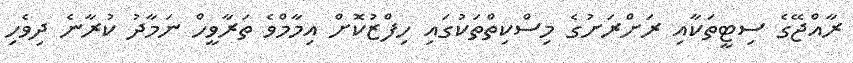
ރާއްޖޭގެ ސިޓީތަކާއި ރަށްރަށުގެ މިސްކިތްތަކުގައި ހިފްޒުކޮށް އިމާމްވެ ތަރާވީހް ނަމާދު ކުރާނެ ދިވެހި